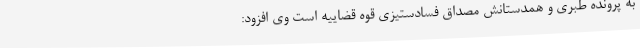
به پرونده طبری و همدستانش مصداق فسادستیزی قوه قضاییه است وی افزود: